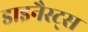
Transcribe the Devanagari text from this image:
डाइनैस्ट्स